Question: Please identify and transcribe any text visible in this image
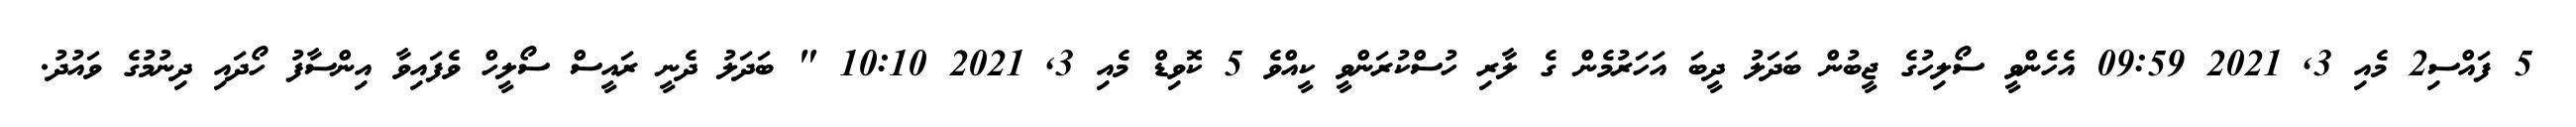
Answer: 5 ފައްސި2 މެއި 3, 2021 09:59 އެހެންވީ ސޯލިހުގެ ޖީބުން ބަދަލު ދީބަ އަހަރުމެން ގެ ލާރި ހުސްކުރަންވީ ކީއްވެ 5 ކޮވިޑް މެއި 3, 2021 10:10 " ބަދަލު ދެނީ ރައީސް ސޯލީހް ވެފައިވާ އިންސާފު ހޯދައި ދިނުމުގެ ވައުދު.